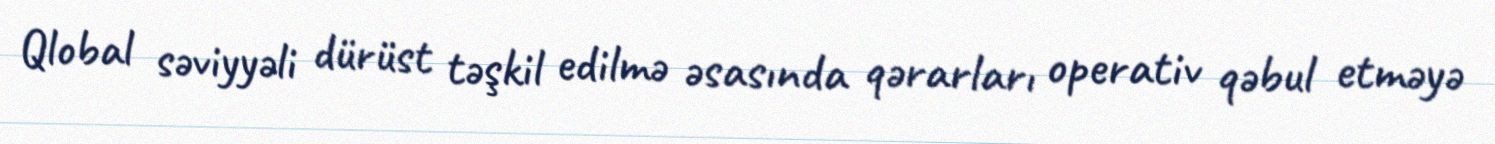
Qlobal səviyyəli dürüst təşkil edilmə əsasında qərarları operativ qəbul etməyə